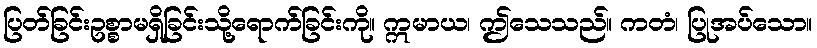
ပြတ်ခြင်းဥစ္စာမရှိခြင်းသို့ရောက်ခြင်းကို။ ဣမာယ၊ ဤသေသည်။ ကတံ၊ ပြုအပ်သော။